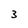
Character: 3